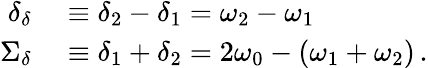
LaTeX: \begin{array}{rl}{\delta_{\delta}}&{{}\equiv\delta_{2}-\delta_{1}=\omega_{2}-\omega_{1}}\\ {\Sigma_{\delta}}&{{}\equiv\delta_{1}+\delta_{2}=2\omega_{0}-(\omega_{1}+\omega_{2})\, .}\end{array}